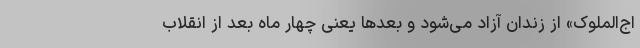
اج‌الملوک» از زندان آزاد می‌شود و بعدها یعنی چهار ماه بعد از انقلاب